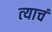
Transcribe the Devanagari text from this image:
त्‍याचं